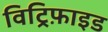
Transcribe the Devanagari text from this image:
विट्रिफ़ाइड